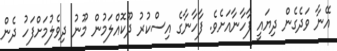
އޭނާ ވަދެގެން ދިޔައީ ފާހާނާއަށެވެ. ފާހާނާގެ އިސްކުރު ދޫކޮއްލަމުން މޫނު ދިވެލުމަށްފަހު ދެން